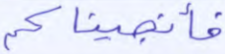
فأنجيناكم